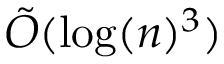
{ \tilde { O } } ( \log ( n ) ^ { 3 } )